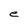
Character: e